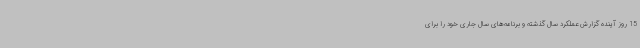
15 روز آینده گزارش عملکرد سال گذشته و برنامه‌های سال جاری خود را برای